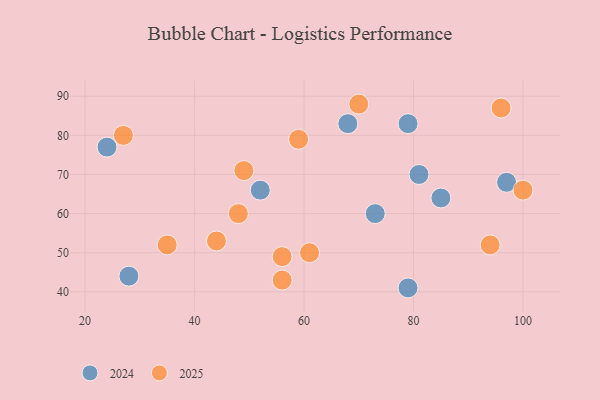
{"axis": {"x": "GDP", "y": "Life Expectancy"}, "legend": ["2024", "2025"], "data": [{"x": "27", "y": 80, "type": "2025"}, {"x": "44", "y": 53, "type": "2025"}, {"x": "96", "y": 87, "type": "2025"}, {"x": "59", "y": 79, "type": "2025"}, {"x": "70", "y": 88, "type": "2025"}, {"x": "49", "y": 71, "type": "2025"}, {"x": "100", "y": 66, "type": "2025"}, {"x": "61", "y": 50, "type": "2025"}, {"x": "35", "y": 52, "type": "2025"}, {"x": "94", "y": 52, "type": "2025"}, {"x": "56", "y": 43, "type": "2025"}, {"x": "48", "y": 60, "type": "2025"}, {"x": "56", "y": 49, "type": "2025"}, {"x": "97", "y": 68, "type": "2024"}, {"x": "79", "y": 41, "type": "2024"}, {"x": "79", "y": 83, "type": "2024"}, {"x": "68", "y": 83, "type": "2024"}, {"x": "81", "y": 70, "type": "2024"}, {"x": "73", "y": 60, "type": "2024"}, {"x": "24", "y": 77, "type": "2024"}, {"x": "28", "y": 44, "type": "2024"}, {"x": "85", "y": 64, "type": "2024"}, {"x": "52", "y": 66, "type": "2024"}]}